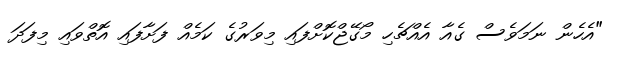
"އެހެން ނަމަވެސް ގެއާ އެއްޗެހި މޯގޭޖްކޮށްފައި މިވަރުގެ ކަމެއް ފަށާފައި އޮތްވައި މިފަދަ